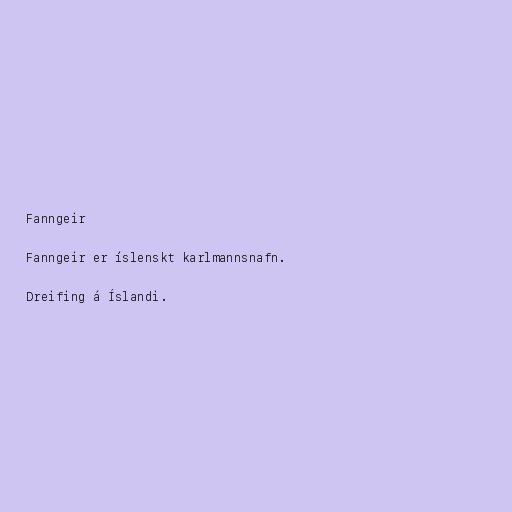
Fanngeir

Fanngeir er íslenskt karlmannsnafn.

Dreifing á Íslandi.